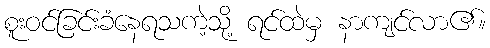
စူးဝင်ခြင်းခံနေရသကဲ့သို့ ရင်ထဲမှ နာကျင်လာ၏။